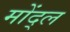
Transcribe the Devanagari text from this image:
मोंद्ल